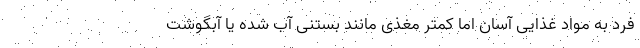
فرد به مواد غذایی آسان اما کمتر مغذی مانند بستنی آب شده یا آبگوشت